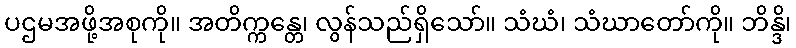
ပဌမအဖို့အစုကို။ အတိက္ကန္တေ၊ လွန်သည်ရှိသော်။ သံဃံ၊ သံဃာတော်ကို။ ဘိန္ဒိ၊